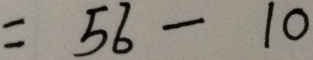
= 5 6 - 1 0